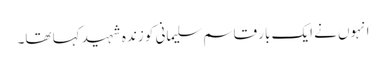
انہوں نے ایک بار قاسم سلیمانی کو زندہ شہید کہا تھا۔